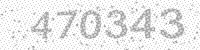
Solution: 470343